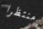
منتظرا